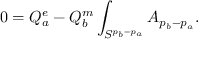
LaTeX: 0 = Q _ { a } ^ { e } - Q _ { b } ^ { m } \int _ { S ^ { p _ { b } - p _ { a } } } A _ { p _ { b } - p _ { a } } .